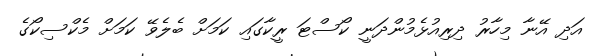
އަދި އޭނާ މިހާރު ދިރިއުޅެމުންދަނީ ކޯސްޓަ ރީކާގައި ކަމަށް ބެލެވޭ ކަމަށް މެކްސިކޯގެ